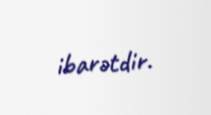
ibarətdir.